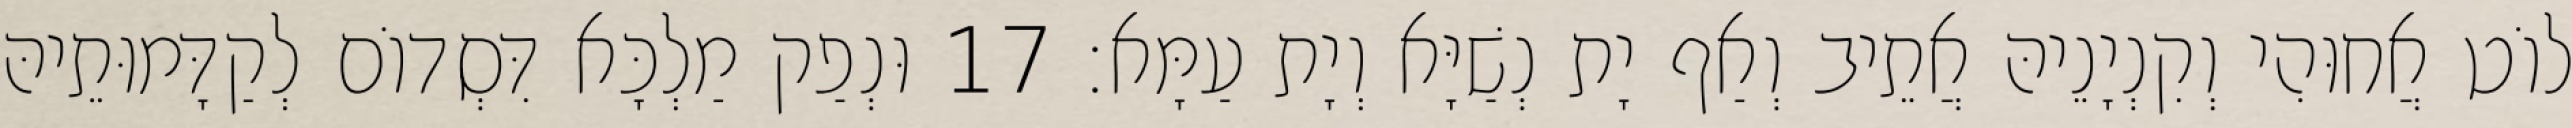
לוֹט אֲחוּהִי וְקִנְיָנֵיהּ אֲתֵיב וְאַף יָת נְשַׁיָּא וְיָת עַמָּא׃ 17 וּנְפַק מַלְכָּא דִּסְדוֹם לְקַדָּמוּתֵיהּ